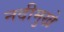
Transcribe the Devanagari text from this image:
नदीमुखे